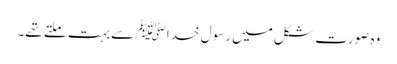
وہ صورت شکل میں رسول خدا ﷺ سے بہت ملتے تھے۔